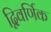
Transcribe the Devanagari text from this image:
द्विवर्णिक